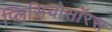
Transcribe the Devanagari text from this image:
प्लिसियोसॉरस